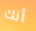
أنك